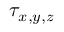
\tau _ { x , y , z }